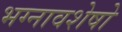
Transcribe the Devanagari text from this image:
भग्नावशेषो